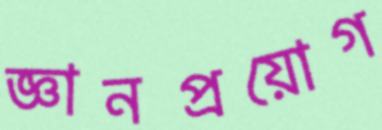
জ্ঞানপ্রয়োগ